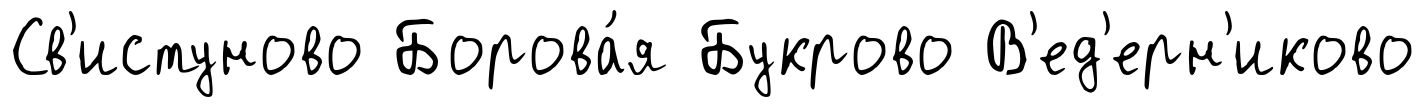
Св'истуново Борова́я Букрово В'ед'ерн'иково